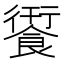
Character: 𮩄